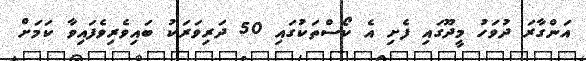
އަންގާރަ ދުވަހު މީދޫގައި ފެށި އެ ކޯސްތަކުގައި 50 ދަރިވަރަކު ބައިވެރިވެފައިވާ ކަމަށް